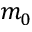
m _ { 0 }